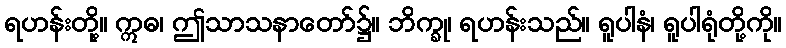
ရဟန်းတို့။ ဣဓ၊ ဤသာသနာတော်၌။ ဘိက္ခု၊ ရဟန်းသည်။ ရူပါနံ၊ ရူပါရုံတို့ကို။